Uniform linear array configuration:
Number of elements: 12
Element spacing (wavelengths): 0.5
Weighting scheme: hamming
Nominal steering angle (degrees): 45
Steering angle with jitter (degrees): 44.524
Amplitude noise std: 0.05
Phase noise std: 0.05

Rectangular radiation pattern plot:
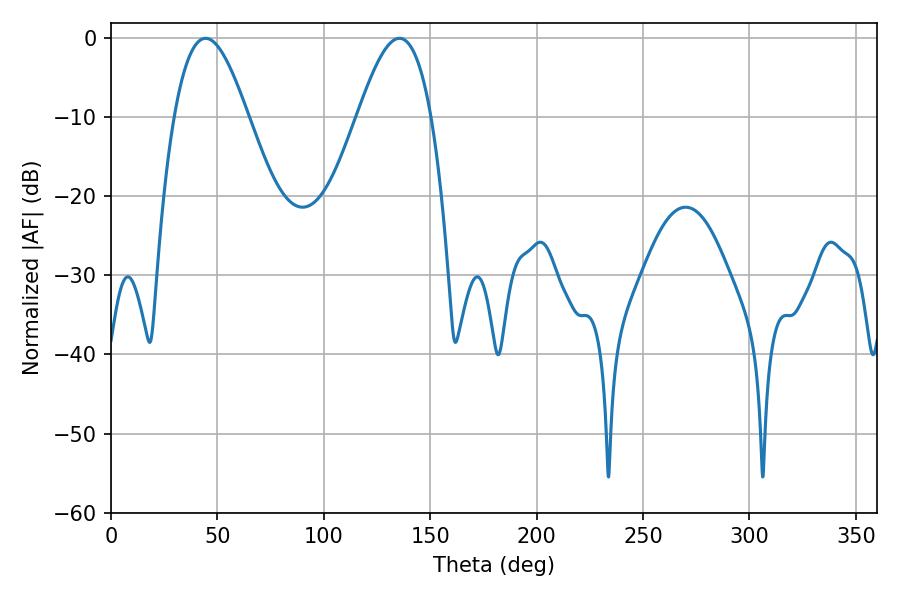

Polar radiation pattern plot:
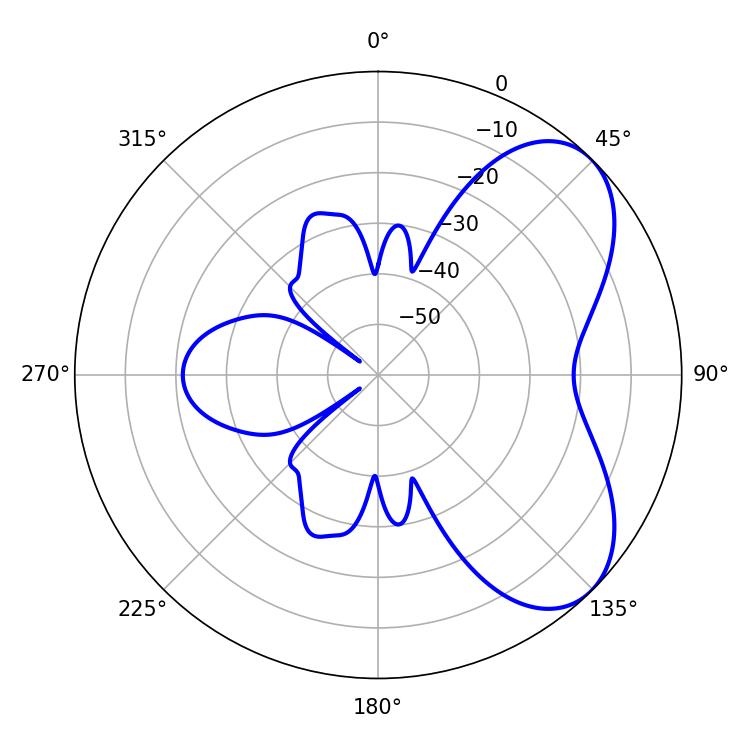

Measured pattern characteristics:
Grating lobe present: FALSE
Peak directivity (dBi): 5.93
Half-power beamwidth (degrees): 18.72
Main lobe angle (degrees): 44.46